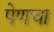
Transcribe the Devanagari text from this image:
पेणचा